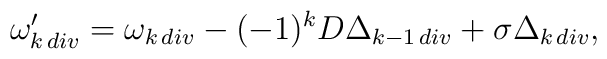
\omega_{k\, div}^\prime=\omega_{k\, div}-(-1)^kD\Delta_{k-1\, div}+\sigma\Delta_{k\, div},